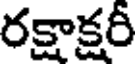
రక్షాక్షరీ